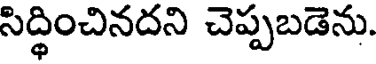
సిద్ధించినదని చెప్పబడెను.